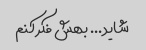
شاید... بهش فکر کنم